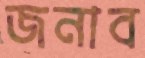
জনাব